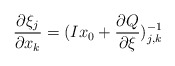
\begin{align*}\frac {\partial \xi_{j}}{\partial x_{k}}=(Ix_0+\frac {\partial Q}{\partial \xi})^{-1}_{j,k}\end{align*}